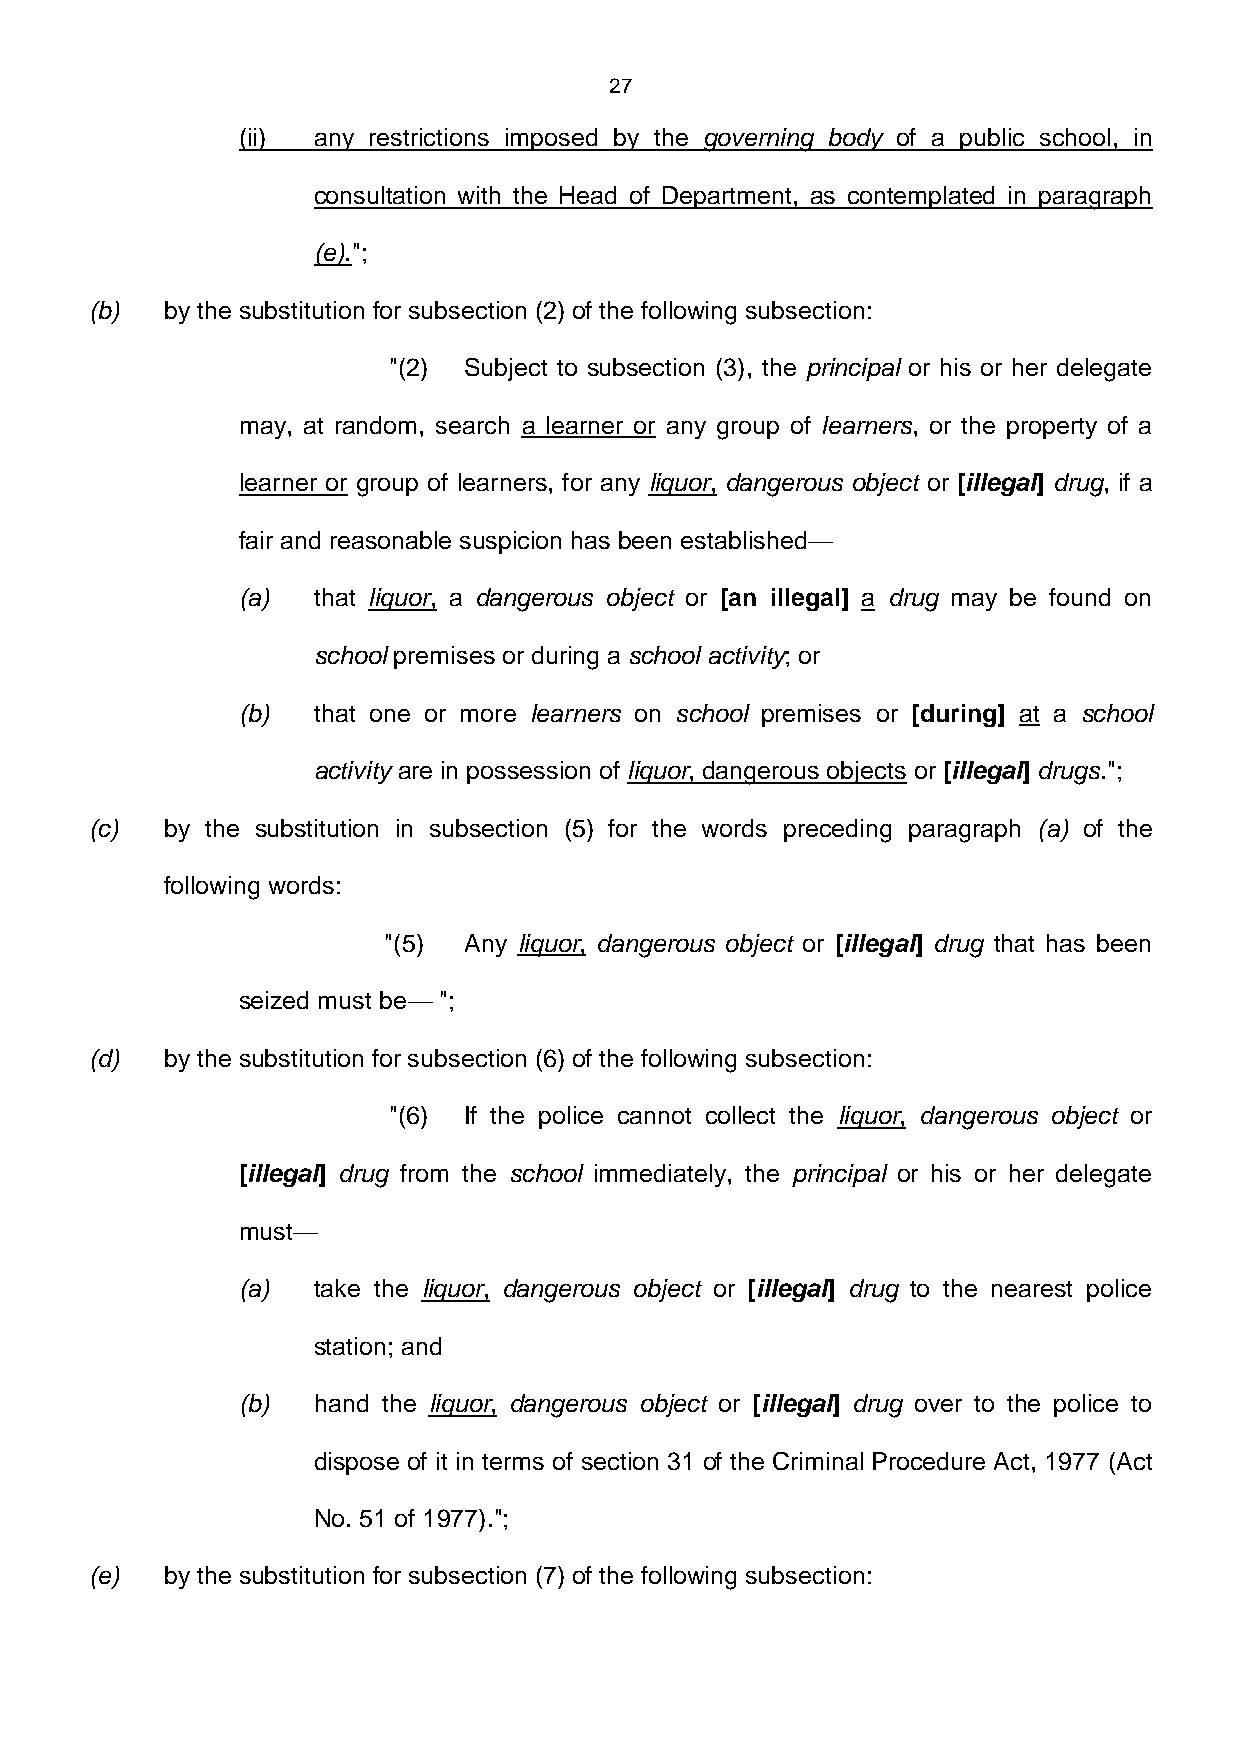
27
 (ii) any restrictions imposed by the governing body of a public school, in
 consultation with the Head of Department, as contemplated in paragraph
 (e).";
 (b)  by the substitution for subsection (2) of the following subsection:
 "(2) Subject to subsection (3), the principal or his or her delegate
 may, at random, search a learner or any group of learners, or the property of a
 learner or group of learners, for any liquor, dangerous object or [illegal] drug, if a
 fair and reasonable suspicion has been established—
 (a)  that liquor, a dangerous object or [an illegal] a drug may be found on
 school premises or during a school activity; or
 (b)  that one or more learners on school premises or [during] at a school
 activity are in possession of liquor, dangerous objects or [illegal] drugs.";
 (c)  by the substitution in subsection (5) for the words preceding paragraph (a) of the
 following words:
 "(5)  Any liquor, dangerous object or [illegal] drug that has been
 seized must be— ";
 (d)  by the substitution for subsection (6) of the following subsection:
 "(6) If the police cannot collect the liquor, dangerous object or
 [illegal] drug from the school immediately, the principal or his or her delegate
 must—
 (a)  take the liquor, dangerous object or [illegal] drug to the nearest police
 station; and
 (b)  hand the liquor, dangerous object or [illegal] drug over to the police to
 dispose of it in terms of section 31 of the Criminal Procedure Act, 1977 (Act
 No. 51 of 1977).";
 (e)  by the substitution for subsection (7) of the following subsection: